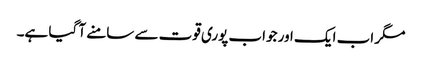
مگر اب ایک اور جواب پوری قوت سے سامنے آ گیا ہے۔